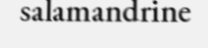
salamandrine